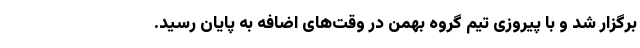
برگزار شد و با پیروزی تیم گروه بهمن در وقت‌های اضافه به پایان رسید.